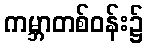
ကမ္ဘာတစ်ဝန်း၌